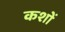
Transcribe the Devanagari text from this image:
कशों